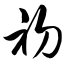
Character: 初